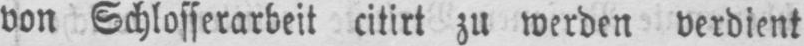
von Schlosserarbeit citirt zu werden verdient